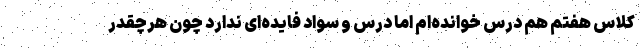
کلاس هفتم هم درس خوانده‌ام اما درس و سواد فایده‌ای ندارد چون هرچقدر